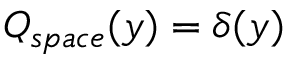
Q _ { s p a c e } ( y ) = \delta ( y )